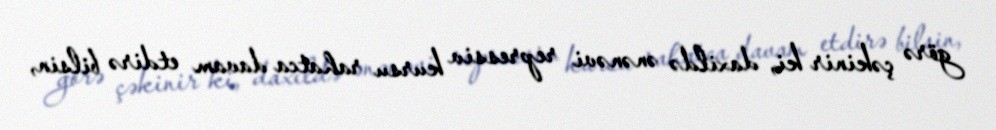
görə çəkinir ki, daxildə ənənəvi repressiv kursu rahatca davam etdirə bilsin,